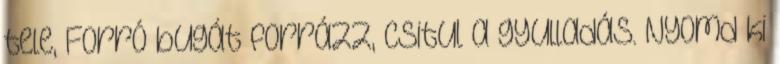
tele, Forró bugát forrázz, csitul a gyulladás. Nyomd ki